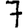
Digit: 7